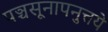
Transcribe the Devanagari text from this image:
पञ्चसूनापनुत्तये